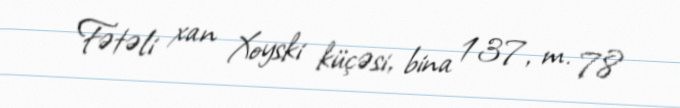
Fətəli xan Xoyski küçəsi, bina 137, m. 78